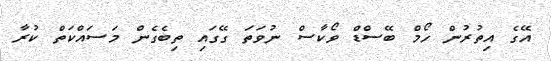
އޭގެ އިތުރުން ހޯމް ބޭސްޑް ވޯކާސް ނުވަތަ ގޭގައި ތިބެގެން މަސައްކަތް ކުރާ